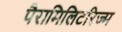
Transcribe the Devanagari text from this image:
पैरामिलिटरिज्म